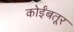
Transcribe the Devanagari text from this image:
कोईंबतूर